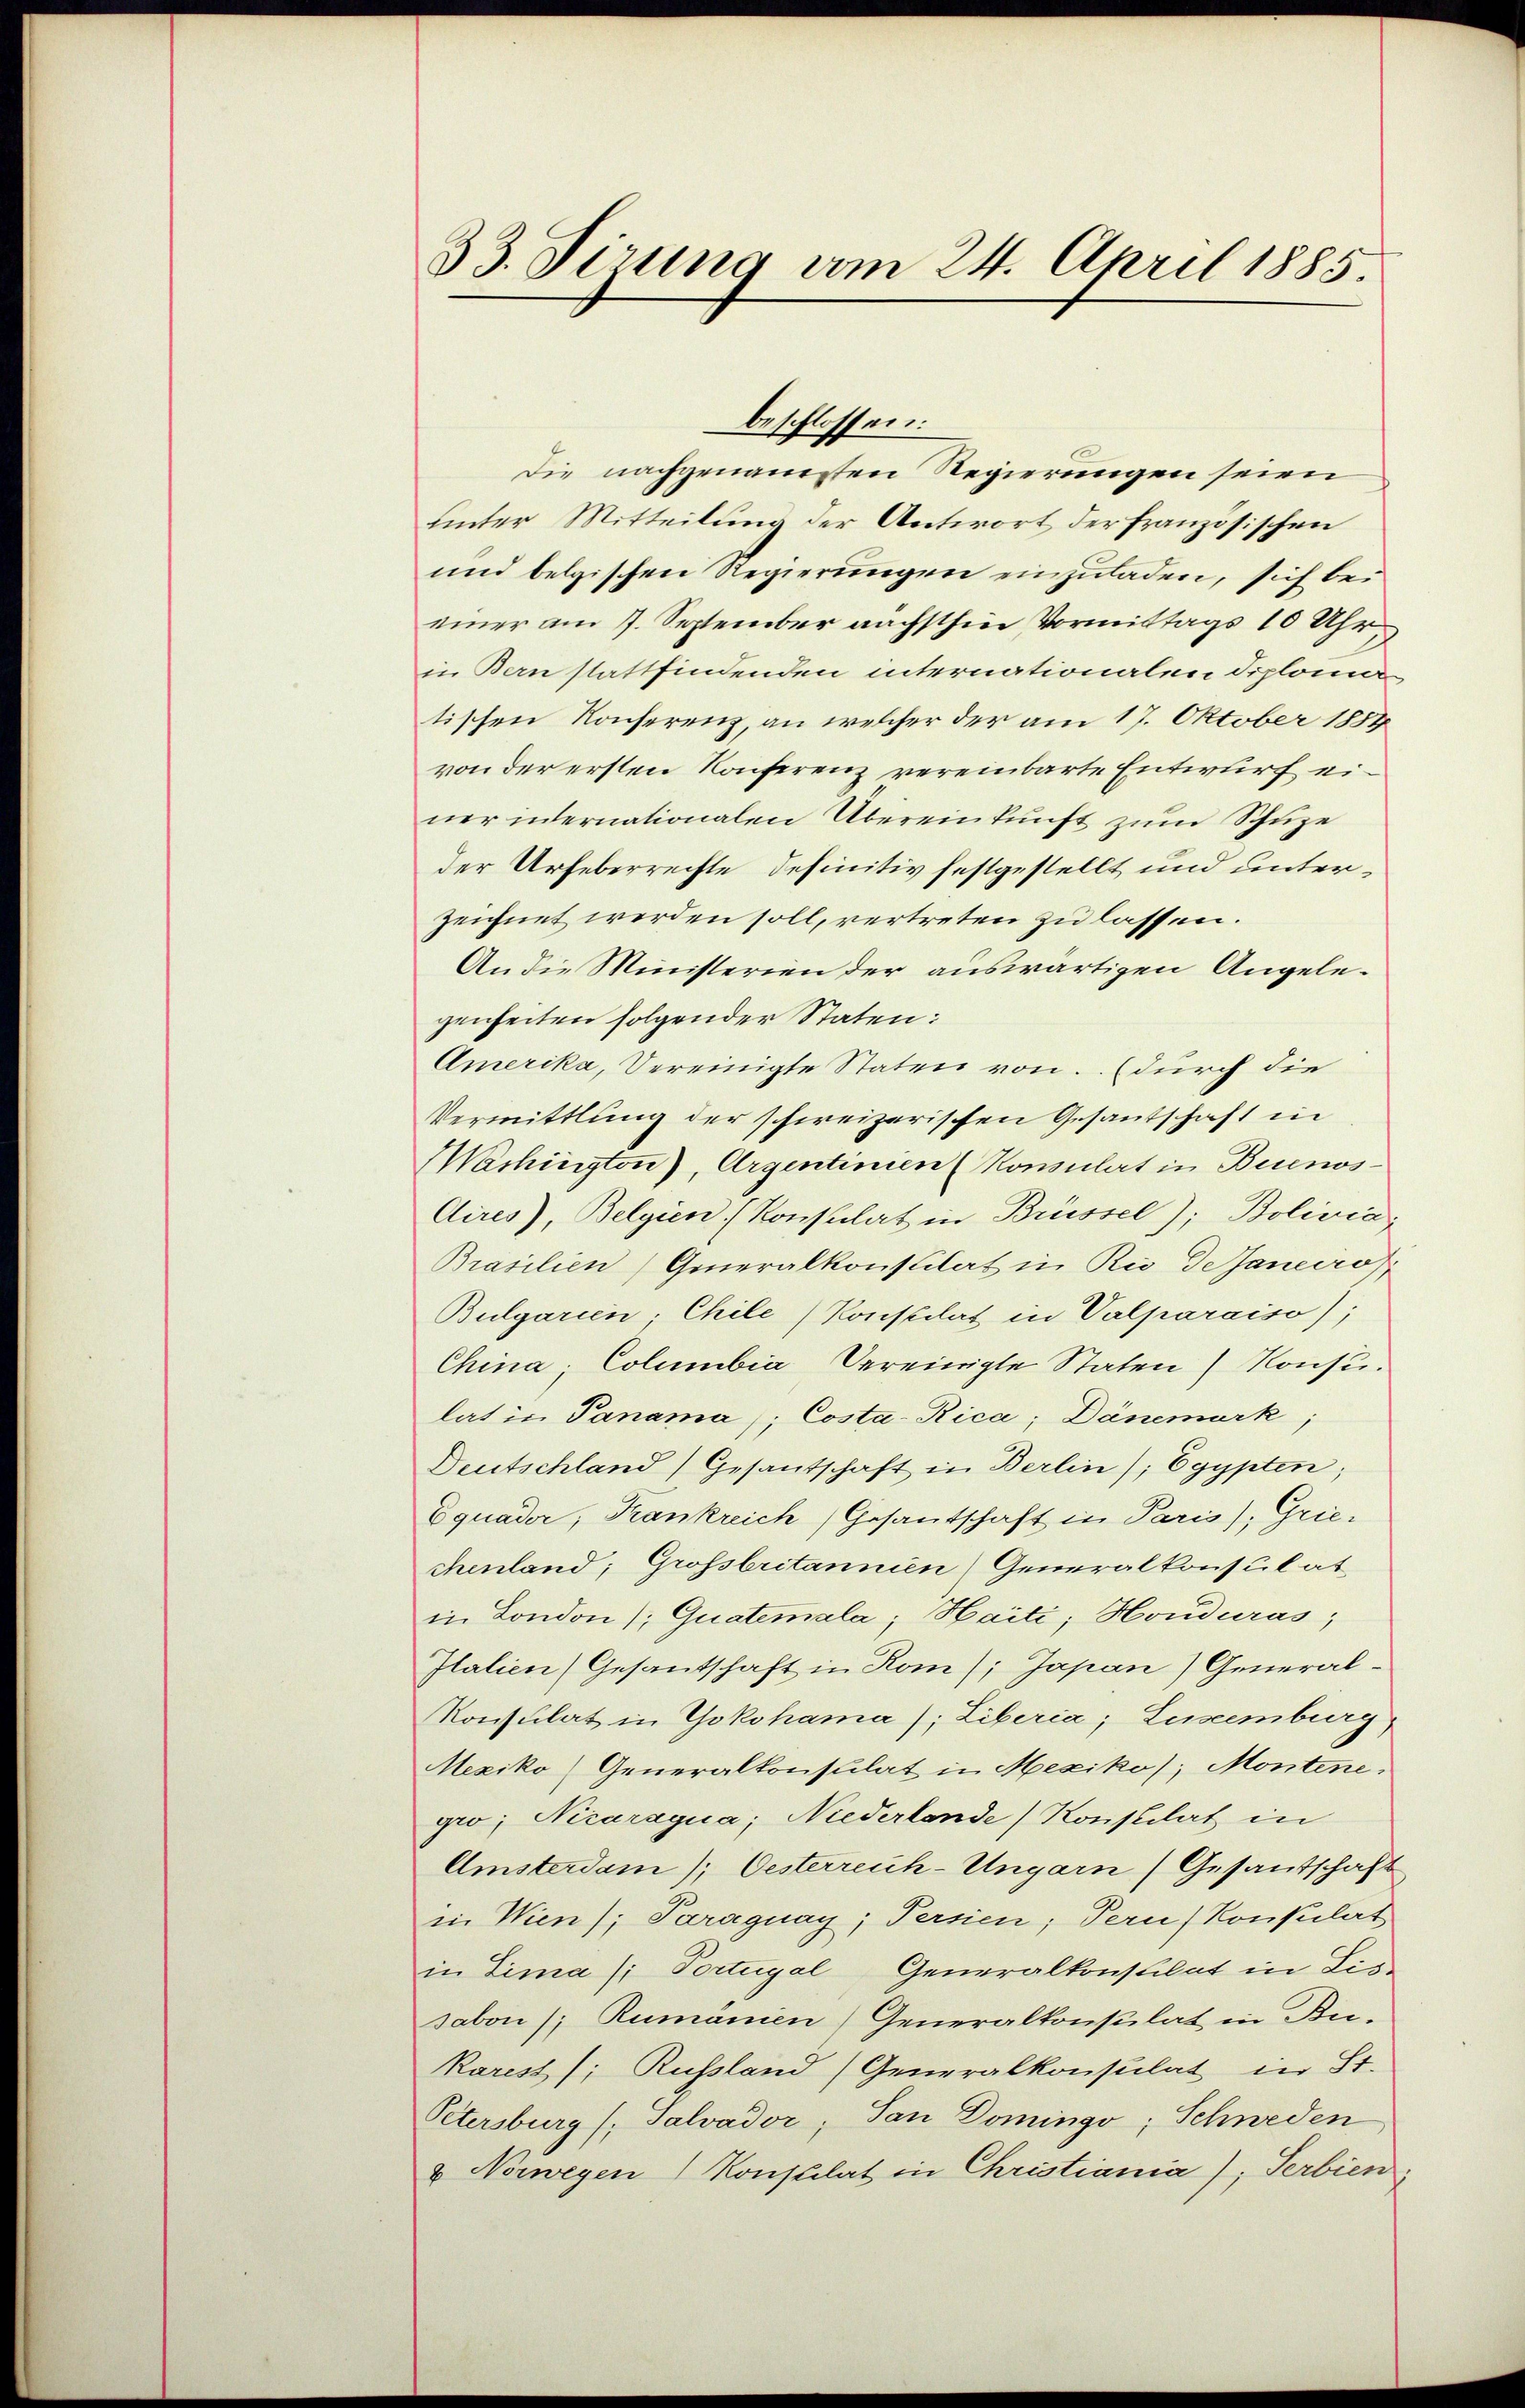
33. Sirung am 24. April 1885.

beschlossen:
Die nachgenansten Regierungen seien
unter Mitteilung der Antwort der französischen
und belgischen Regierungen einzuladen, sich bei
einer am 7. September nächsthin Vormittags 10 Uhr,
in Bern stattfindenden internationalen Diploma
tischen Konferenz, an welcher der am 17. Oktober 1854
von der ersten Konferenz vereinbarte Entwurf einer internationalen Übereinkunft zum Schuze
der Urheberrechte definitiv festgestellt und unterzeichnet werden soll, vertreten zu lassen.
An die Ministerien der auswärtigen Angelegenheiten folgender Staten:
Amerika, Vereinigte Staten von. (durch die
Vermittlung der schweizerischen Gesantschaft in
Mashington), Argentinien (Konsulat in Buenos¬
Aires), Belgien (Konsulat in Brüssel); Bolivia,
Brasilien) Generalkonsulat in Rio de sanceros,
Bulgarien. Chile Konstilat in Valparaiso);
China, Columbia Vereinigte Staten Konsulat in Panama); Costa-Rica; Dänemark
Deutschland) Gesantschaft in Berlin); Egypten;
Equader, Krankreich Gesantschaft in Paris), Grie-
chenland; Grossbritannien) Generalkonsulat
in London / Quatemala; Haiti; Honduras,
Italien (Gesantschaft in Kom; Japan) General¬
Konsulat in Yokohama (; Liberia; Luseemburg
Mexiko Generalkonsulat in Mexiko); Montene
gro; Nizaraqua; Niederlande) Konstilat in
Amsterdam); Oesterreich-Ungarn (Gesantschaft
in Wien); Paraguay; Fernen; Tern Konsulat
in Lima /: Portugal Generalkonstilat in Lis
sabon / Rumänien (Generalkonsulat in Bu-
Karest); Russland (Generalkonsulat in St.
Petersburg (: Salvador; Pan Domingo; Schweden
u Norwegen Konsulat in Christiania); Serbien